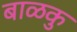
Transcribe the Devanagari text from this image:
बाळकु